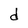
Character: d